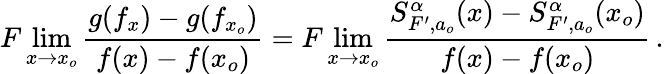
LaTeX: F\operatorname*{lim}_{x\rightarrow x_{o}}\frac{g(f_{x})-g(f_{x_{o}})}{f(x)-f(x_{o})}=F\operatorname*{lim}_{x\rightarrow x_{o}}\frac{S_{F^{\prime},a_{o}}^{\alpha}(x)-S_{F^{\prime},a_{o}}^{\alpha}(x_{o})}{f(x)-f(x_{o})}\, .